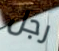
رجل